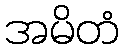
အမိတံ